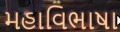
મહાવિભાષા